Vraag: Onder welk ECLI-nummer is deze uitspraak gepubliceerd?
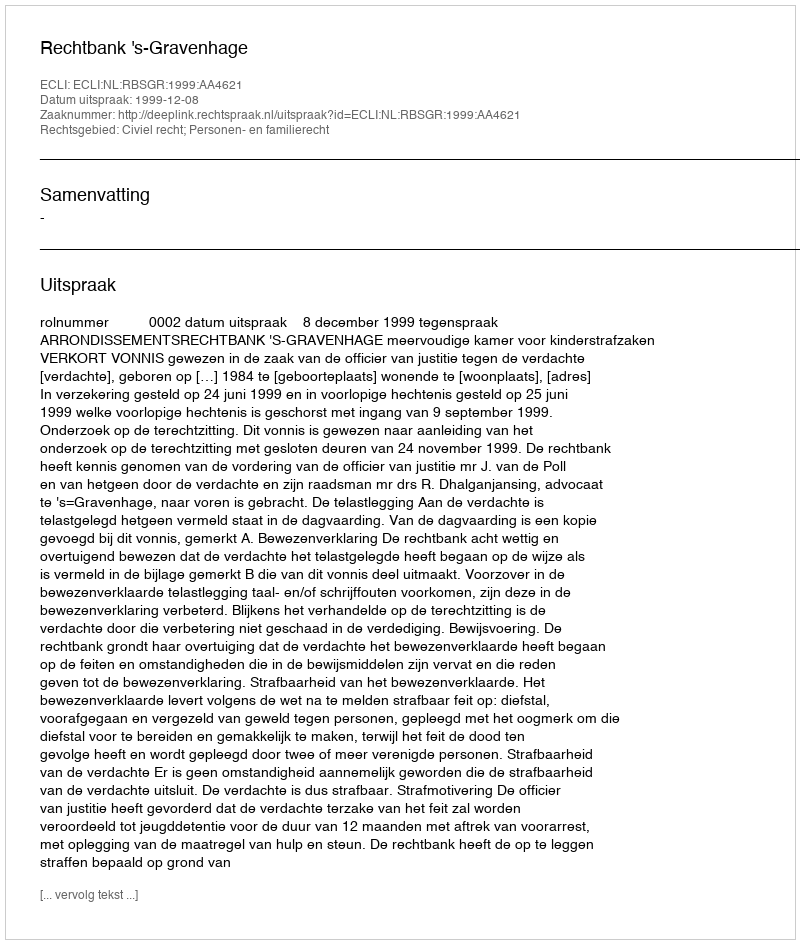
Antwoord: ECLI:NL:RBSGR:1999:AA4621